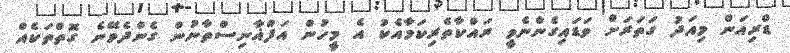
ޑްރިއަން މިއަދު ގަތަރަށް ވަޑައިގެންނެވީ ރައްކާތެރިކަމާއެކު އެ މީހުން އަފްޣާނިސްތާނުން ގެންދެވޭނެ ގޮތްތަކެއް